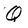
Character: Q